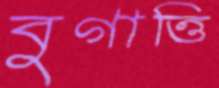
বুগাত্তি